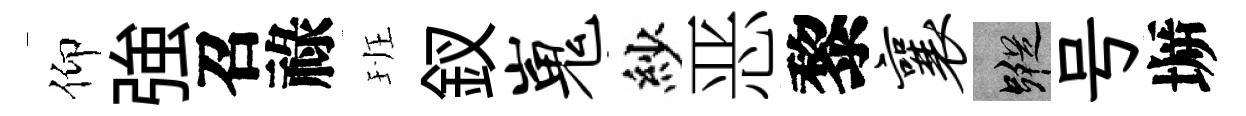
仰強召祿班釵嵬紗恶黎襄蹤号󶱲